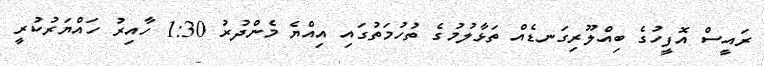
ރައީސް އޮފީހުގެ ބިއްލޫރިގަނޑެއް ތަޅާލުމުގެ ތުހުމަތުގައި އިއްޔެ މެންދުރު 1:30 ހާއިރު ހައްޔަރުކުރީ